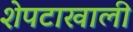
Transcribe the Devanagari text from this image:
शेपटाखाली